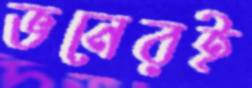
ভনেরই